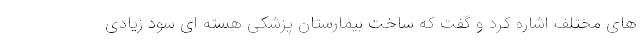
های مختلف اشاره کرد و گفت که ساخت بیمارستان پزشکی هسته ای سود زیادی